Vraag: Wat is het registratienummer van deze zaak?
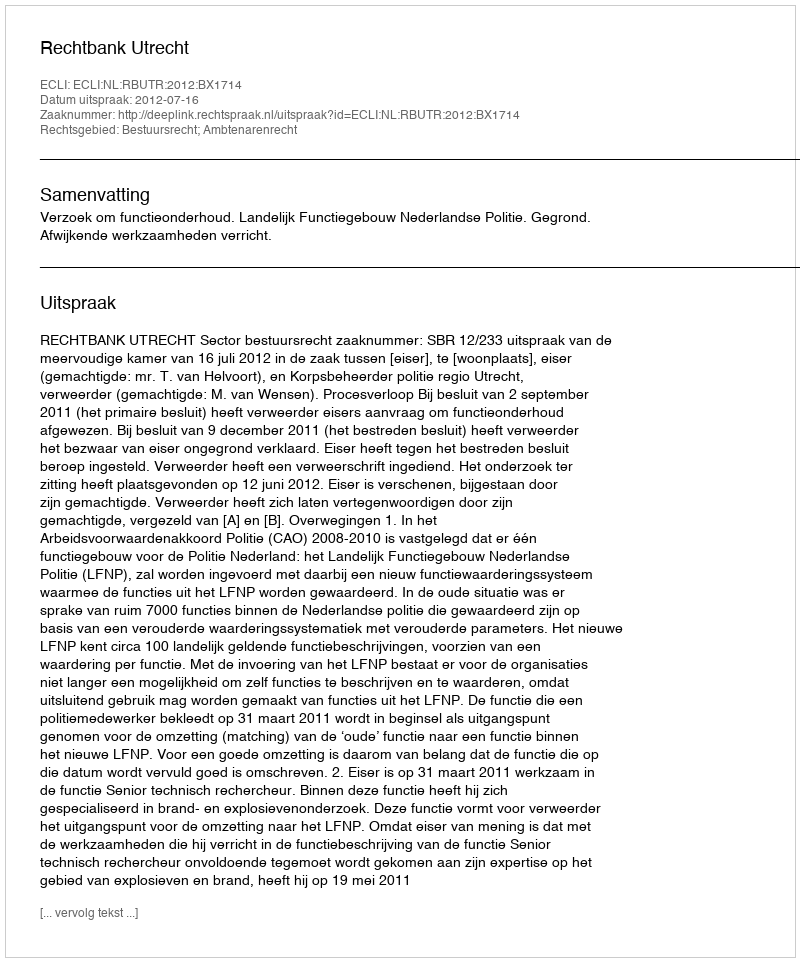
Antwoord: http://deeplink.rechtspraak.nl/uitspraak?id=ECLI:NL:RBUTR:2012:BX1714